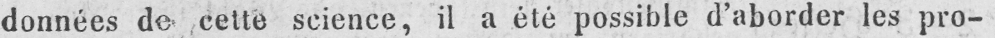
données de cette science, il a été possible d’aborder les pro-